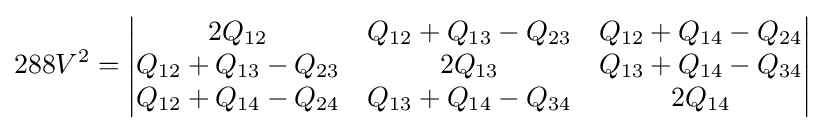
288V^{2}={\begin{vmatrix}2Q_{12}&Q_{12}+Q_{13}-Q_{23}&Q_{12}+Q_{14}-Q_{24}\\Q_{12}+Q_{13}-Q_{23}&2Q_{13}&Q_{13}+Q_{14}-Q_{34}\\Q_{12}+Q_{14}-Q_{24}&Q_{13}+Q_{14}-Q_{34}&2Q_{14}\end{vmatrix}}